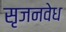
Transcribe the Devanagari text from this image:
सृजनवेध